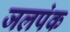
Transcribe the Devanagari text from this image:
जलपंक